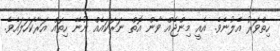
ހިތްވަރު އެލުނެވެ. އެއީ މިންޖެއް ވާން އޮތް ނަރަކައެއް ނޫނޭ ހިތައް އަރާކަހަލައެވެ.